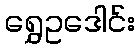
ရွှေဥဒေါင်း